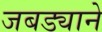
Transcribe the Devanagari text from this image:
जबड्याने